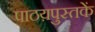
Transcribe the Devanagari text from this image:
पाठय़पुस्तकें